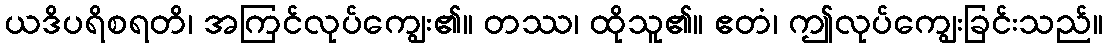
ယဒိပရိစရတိ၊ အကြင်လုပ်ကျွေး၏။ တဿ၊ ထိုသူ၏။ ဧတံ၊ ဤလုပ်ကျွေးခြင်းသည်။